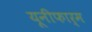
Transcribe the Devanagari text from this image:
यूनीफार्म